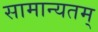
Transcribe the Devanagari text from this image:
सामान्यतम्